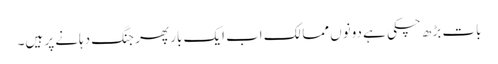
بات بڑھ چکی ہے دونوں ممالک اب ایک بار پھر جنگ دہانے پر ہیں۔